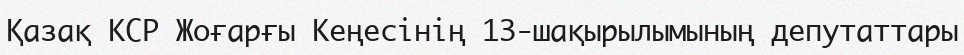
Қазақ КСР Жоғарғы Кеңесінің 13-шақырылымының депутаттары